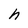
Character: h